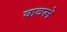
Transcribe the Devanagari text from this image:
कवले